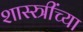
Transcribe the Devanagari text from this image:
शास्स्त्रींच्या